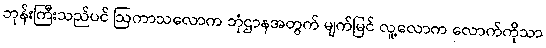
ဘုန်းကြီးသည်ပင် ဩကာသလောက ဘုံဌာနအတွက် မျက်မြင် လူ့လောက လောက်ကိုသာ